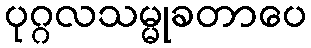
ပုဂ္ဂလသမ္မုခတာပေ